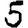
Digit: 5